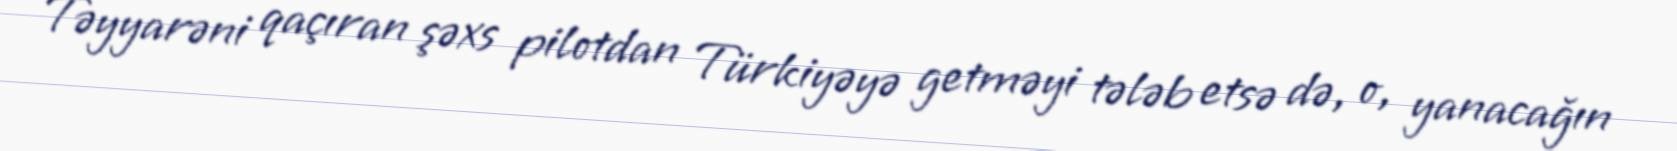
Təyyarəni qaçıran şəxs pilotdan Türkiyəyə getməyi tələb etsə də, o, yanacağın